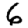
Digit: 6